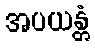
အပယန္တံ